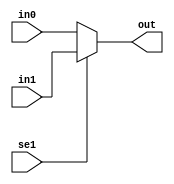
module    mux2to1_cond    (out, in0, in1, se1)  ;
  
  output    out   ;
  input     in0   ;
  input     in1   ;
  input     se1   ;
  
  assign    out = (se1)? in1 : in0    ;
  
endmodule




module      mux2to1_if    (out, in0, in1, se1)  ;
  
  output    out   ;
  input     in0   ;
  input     in1   ;
  input     se1   ;
  
  reg   out       ;
  
  
  always  @(in0, in1, se1)  begin
        if(se1 == 1'b0) begin
          out = in0   ;
        end else begin
          out = in1   ;
        end
      end
    endmodule
    
    
    
    
    
    
module      mux2to1_case    (out, in0, in1, se1)  ;
  
  output    out   ;
  input     in0   ;
  input     in1   ;
  input     se1   ;
  
  reg       out   ;
  
  always  @(*)  begin
    case( {se1, in1, in0}  )
          3'b000  : {out} = 1'b0    ;
          3'b001  : {out} = 1'b1    ;
          3'b010  : {out} = 1'b0    ;
          3'b011  : {out} = 1'b1    ;
          3'b100  : {out} = 1'b0    ;
          3'b101  : {out} = 1'b0    ;
          3'b110  : {out} = 1'b1    ;
          3'b111  : {out} = 1'b1    ;
        endcase
/*  case(sel)
      1'b0 : out = in0 ;
      1'b1 : out = in1 ;      
*/
      end
    endmodule
    
    
    
    
    
    
    
    
    
    //==========================================================================
    
    
    
    
module    mux4to1_inst    (out, in0, in1, in2, in3, se1)  ;
  
  output         out       ;
  input          in0       ;
  input          in1       ;
  input          in2       ;
  input          in3       ;
  input   [1:0]  se1       ;
  
  wire    [1:0]  o_mux2    ;
  
  mux2to1_case      mux2_u0(    .out( o_mux2[0]   ),
                                .in0( in0         ),
                                .in1( in1         ),
                                .se1( se1[0]      ));
                                
  mux2to1_case      mux2_u1(    .out( o_mux2[1]   ),
                                .in0( in2         ),
                                .in1( in3         ),
                                .se1( se1[0]      ));
    
  mux2to1_case      mux2_u2(    .out( out         ),
                                .in0( o_mux2[0]   ),
                                .in1( o_mux2[1]   ),
                                .se1( se1[1]      ));
                                
endmodule
                              
                              


module    mux4to1_if        (out, in0, in1, in2, in3, se1)  ;
  
  output         out       ;
  input          in0       ;
  input          in1       ;
  input          in2       ;
  input          in3       ;
  input   [1:0]  se1       ;
  
  reg           out        ;
  
  always  @(*)  begin
    if(se1 == 2'b00)  begin
      out = in0   ;
    end else if(se1 == 2'b01) begin
      out = in1   ;
    end else if(se1 == 2'b10) begin
      out = in2   ;
    end else  begin
      out = in3   ;
    end
  end
endmodule





module    mux4to1_case    (out, in0, in1, in2, in3, se1)  ;
  
  output         out       ;
  input          in0       ;
  input          in1       ;
  input          in2       ;
  input          in3       ;
  input   [1:0]  se1       ;
  
  reg     out       ;
  
  always  @(*)  begin
    case( {se1})
          2'b00  : {out} = in0    ;
          2'b01  : {out} = in1    ;
          2'b10  : {out} = in2    ;
          2'b11  : {out} = in3    ;

        endcase
      end
    endmodule